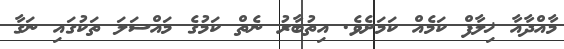
މާއްދާއާ ޚިލާފް ކަމެއް ކަމަށެވެ. އިތުބާރު ނެތް ކަމުގެ މައްސަލަ ތަކުގައި ނަގާ